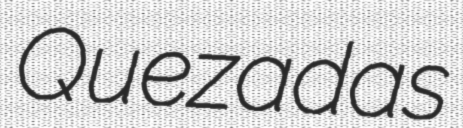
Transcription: Quezadas